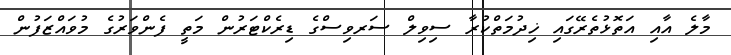
މާލެ އާއި އަތޮޅުތެރޭގައި ޚިދުމަތްކުރާ ސިވިލް ސަރވިސްގެ ޑިރެކްޓަރުން މަތީ ފެންވަރުގެ މުވައްޒަފުން